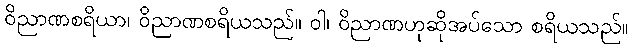
ဝိညာဏစရိယာ၊ ဝိညာဏစရိယသည်။ ဝါ၊ ဝိညာဏဟုဆိုအပ်သော စရိယသည်။